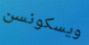
ويسكونسن